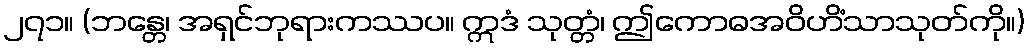
၂၇၁။ (ဘန္တေ၊ အရှင်ဘုရားကဿပ။ ဣဒံ သုတ္တံ၊ ဤကောဓအဝိဟိံသာသုတ်ကို။)